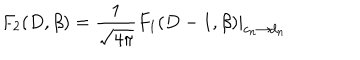
F _ { 2 } ( D , \beta ) = { \frac { 1 } { \sqrt { 4 \pi } } } \left. F _ { 1 } ( D - 1 , \beta ) \right| _ { c _ { n } \rightarrow d _ { n } } ~ ~